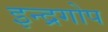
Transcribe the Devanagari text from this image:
इन्द्रगोप